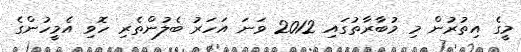
މީގެ އިތުރުން މި މުބާރާތުގައި 2012 ވަނަ އަހަރު ބެލުންތެރި ހޮވި އެމީހުންގެ